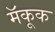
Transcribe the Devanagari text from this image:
मॅकूक